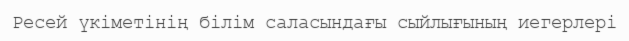
Ресей үкіметінің білім саласындағы сыйлығының иегерлері